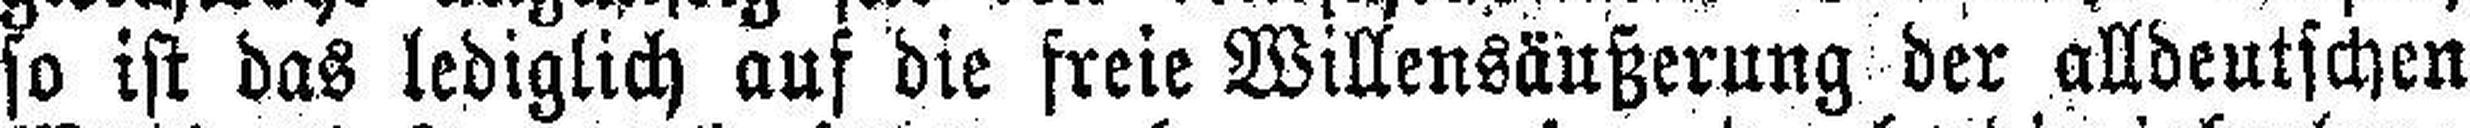
so ist das lediglich auf die freie Willensäußerung der alldeutschen